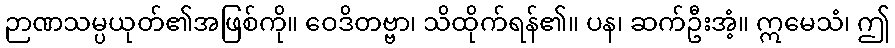
ဉာဏသမ္ပယုတ်၏အဖြစ်ကို။ ဝေဒိတဗ္ဗာ၊ သိထိုက်ရန်၏။ ပန၊ ဆက်ဦးအံ့။ ဣမေသံ၊ ဤ